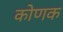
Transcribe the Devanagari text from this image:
कोणक